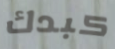
كبدك